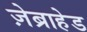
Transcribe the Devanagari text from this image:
ज़ेब्राहेड